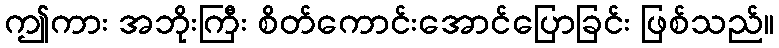
ဤကား အဘိုးကြီး စိတ်ကောင်းအောင်ပြောခြင်း ဖြစ်သည်။